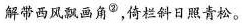
解带西风飘画角^{ ③ }，倚栏斜日照青松。